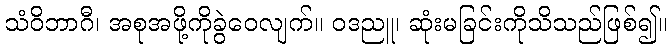
သံဝိဘာဂီ၊ အစုအဖို့ကိုခွဲဝေလျက်။ ဝဒညူ၊ ဆုံးမခြင်းကိုသိသည်ဖြစ်၍။